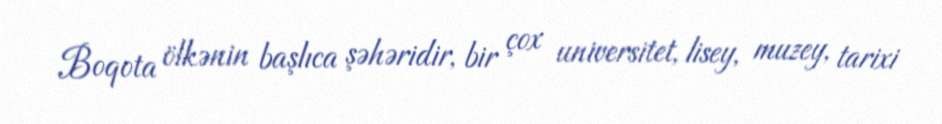
Boqota ölkənin başlıca şəhəridir, bir çox universitet, lisey, muzey, tarixi